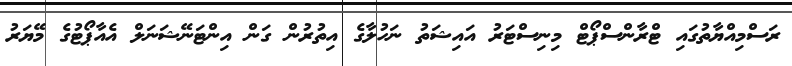
ރަސްމިއްޔާތުގައި ޓްރާންސްޕޯޓް މިނިސްޓަރު އައިޝަތު ނަހުލާގެ އިތުރުން ގަން އިންޓަނޭޝަނަލް އެއާޕޯޓުގެ މޭޔަރު